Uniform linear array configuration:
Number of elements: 48
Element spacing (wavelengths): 0.25
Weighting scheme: exponential
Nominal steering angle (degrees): -45
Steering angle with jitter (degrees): -46.548
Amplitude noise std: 0.05
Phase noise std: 0.05

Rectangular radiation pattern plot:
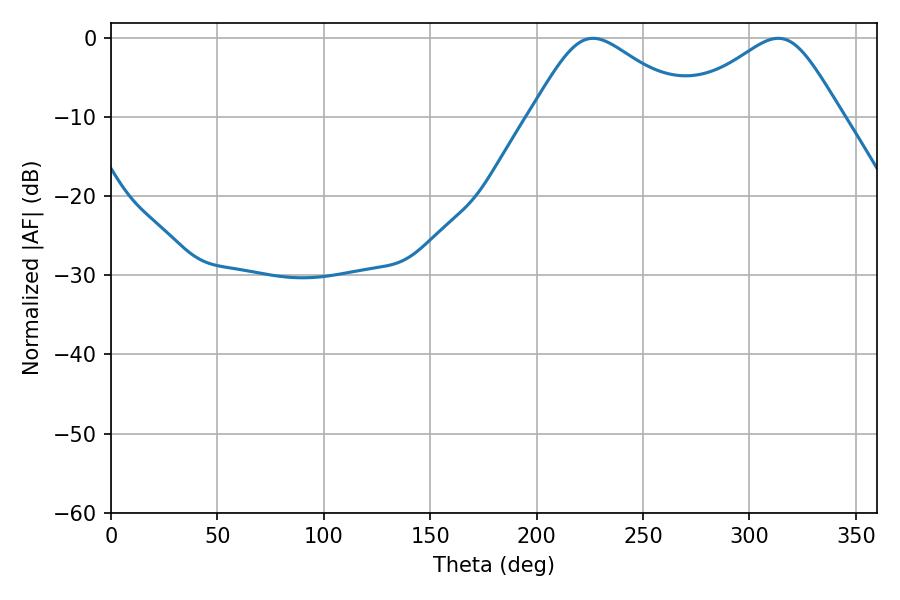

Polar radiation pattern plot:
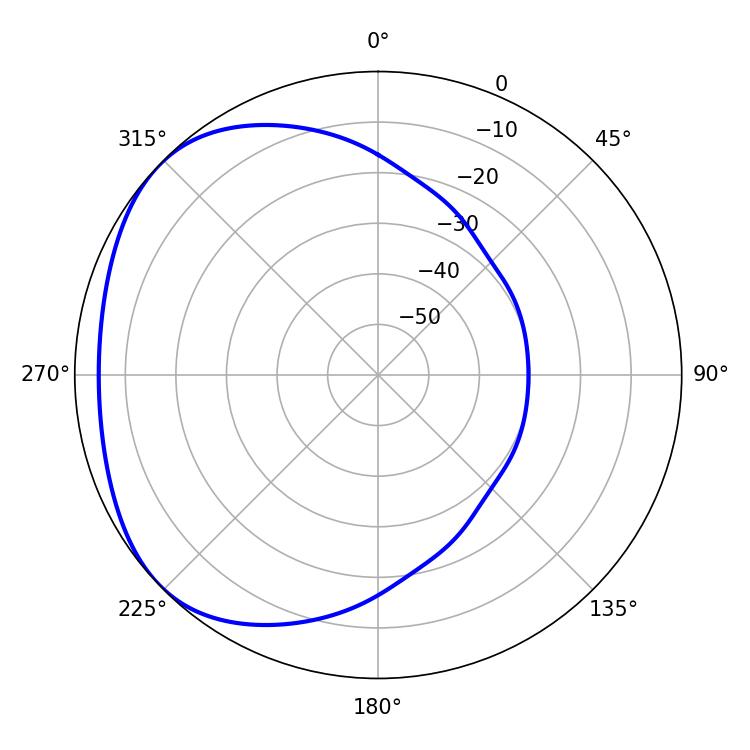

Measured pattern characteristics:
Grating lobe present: FALSE
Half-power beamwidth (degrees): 37.44
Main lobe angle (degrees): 226.44